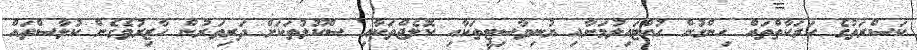
ކަސްރަތުގެ ހަރަކާތްތައް ހިންގުން ހުއްޓައިލުމަށާއި ޔުނިވާސިޓީތަކާއި ކޮލެޖްތަކާއި ސްކޫލުތަކަށް ދަރިވަރުން ހާޒިރުވެގެން ކުލާސްތައް